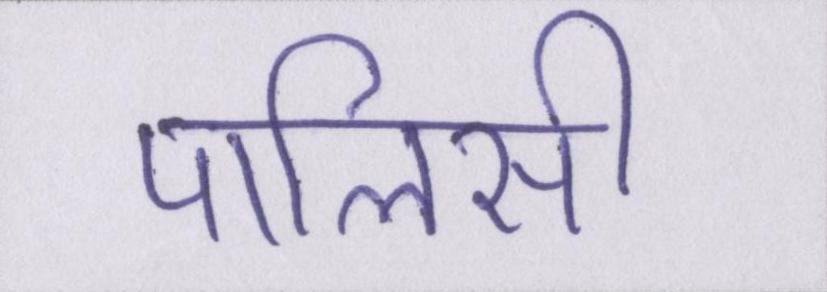
पालिसी